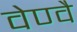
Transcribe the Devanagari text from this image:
वेण्वै